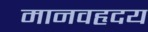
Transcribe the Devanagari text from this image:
मानवहृदय